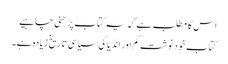
اس کا مطلب ہے کہ یہ کتاب پڑھنی چاہیے
کتاب خود نوشت کم اور انڈیا کی سیاسی تاریخ زیادہ ہے۔